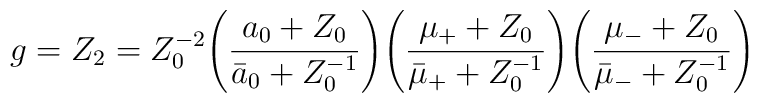
g = Z_2 = Z_0^{-2}\Biggl (\frac {a_0 + Z_0}{\bar a_0 + Z_0^{-1}}\Biggr)\Biggl (\frac {\mu_+ + Z_0}{\bar \mu_+ + Z_0^{-1}}\Biggr)\Biggl (\frac{\mu_- + Z_0}{\bar \mu_- + Z_0^{-1}}\Biggr)